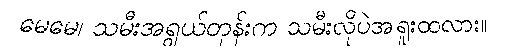
မေမေ၊ သမီးအရွယ်တုန်းက သမီးလိုပဲအရူးထလား။